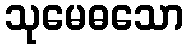
သုမေဓသော